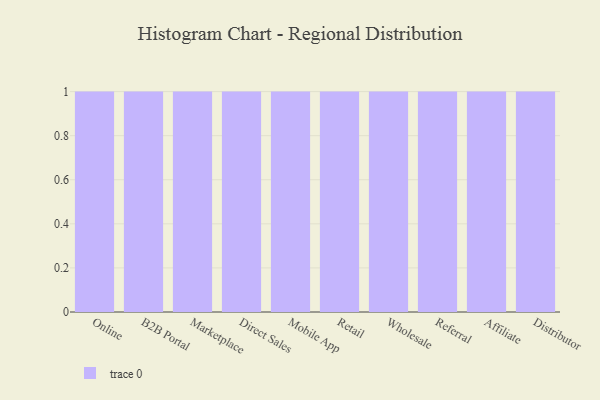
{"axis": {"x": "Channel", "y": "Gross Profit (USD K)"}, "legend": [""], "data": [{"x": "Online", "y": 1, "type": ""}, {"x": "B2B Portal", "y": 100, "type": ""}, {"x": "Marketplace", "y": 40, "type": ""}, {"x": "Direct Sales", "y": 45, "type": ""}, {"x": "Mobile App", "y": 75, "type": ""}, {"x": "Retail", "y": 34, "type": ""}, {"x": "Wholesale", "y": 12, "type": ""}, {"x": "Referral", "y": 23, "type": ""}, {"x": "Affiliate", "y": 42, "type": ""}, {"x": "Distributor", "y": 86, "type": ""}]}